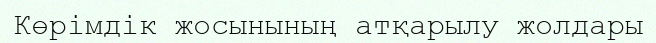
Көрімдік жосынының атқарылу жолдары